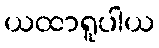
ယထာရူပါယ